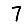
Digit: 7